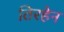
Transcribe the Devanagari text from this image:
तिरहेन